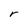
Character: r